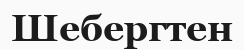
Шебергтен